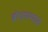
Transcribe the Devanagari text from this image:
बोधगम्यएवं